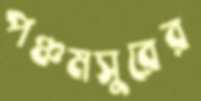
পঞ্চমসুরের